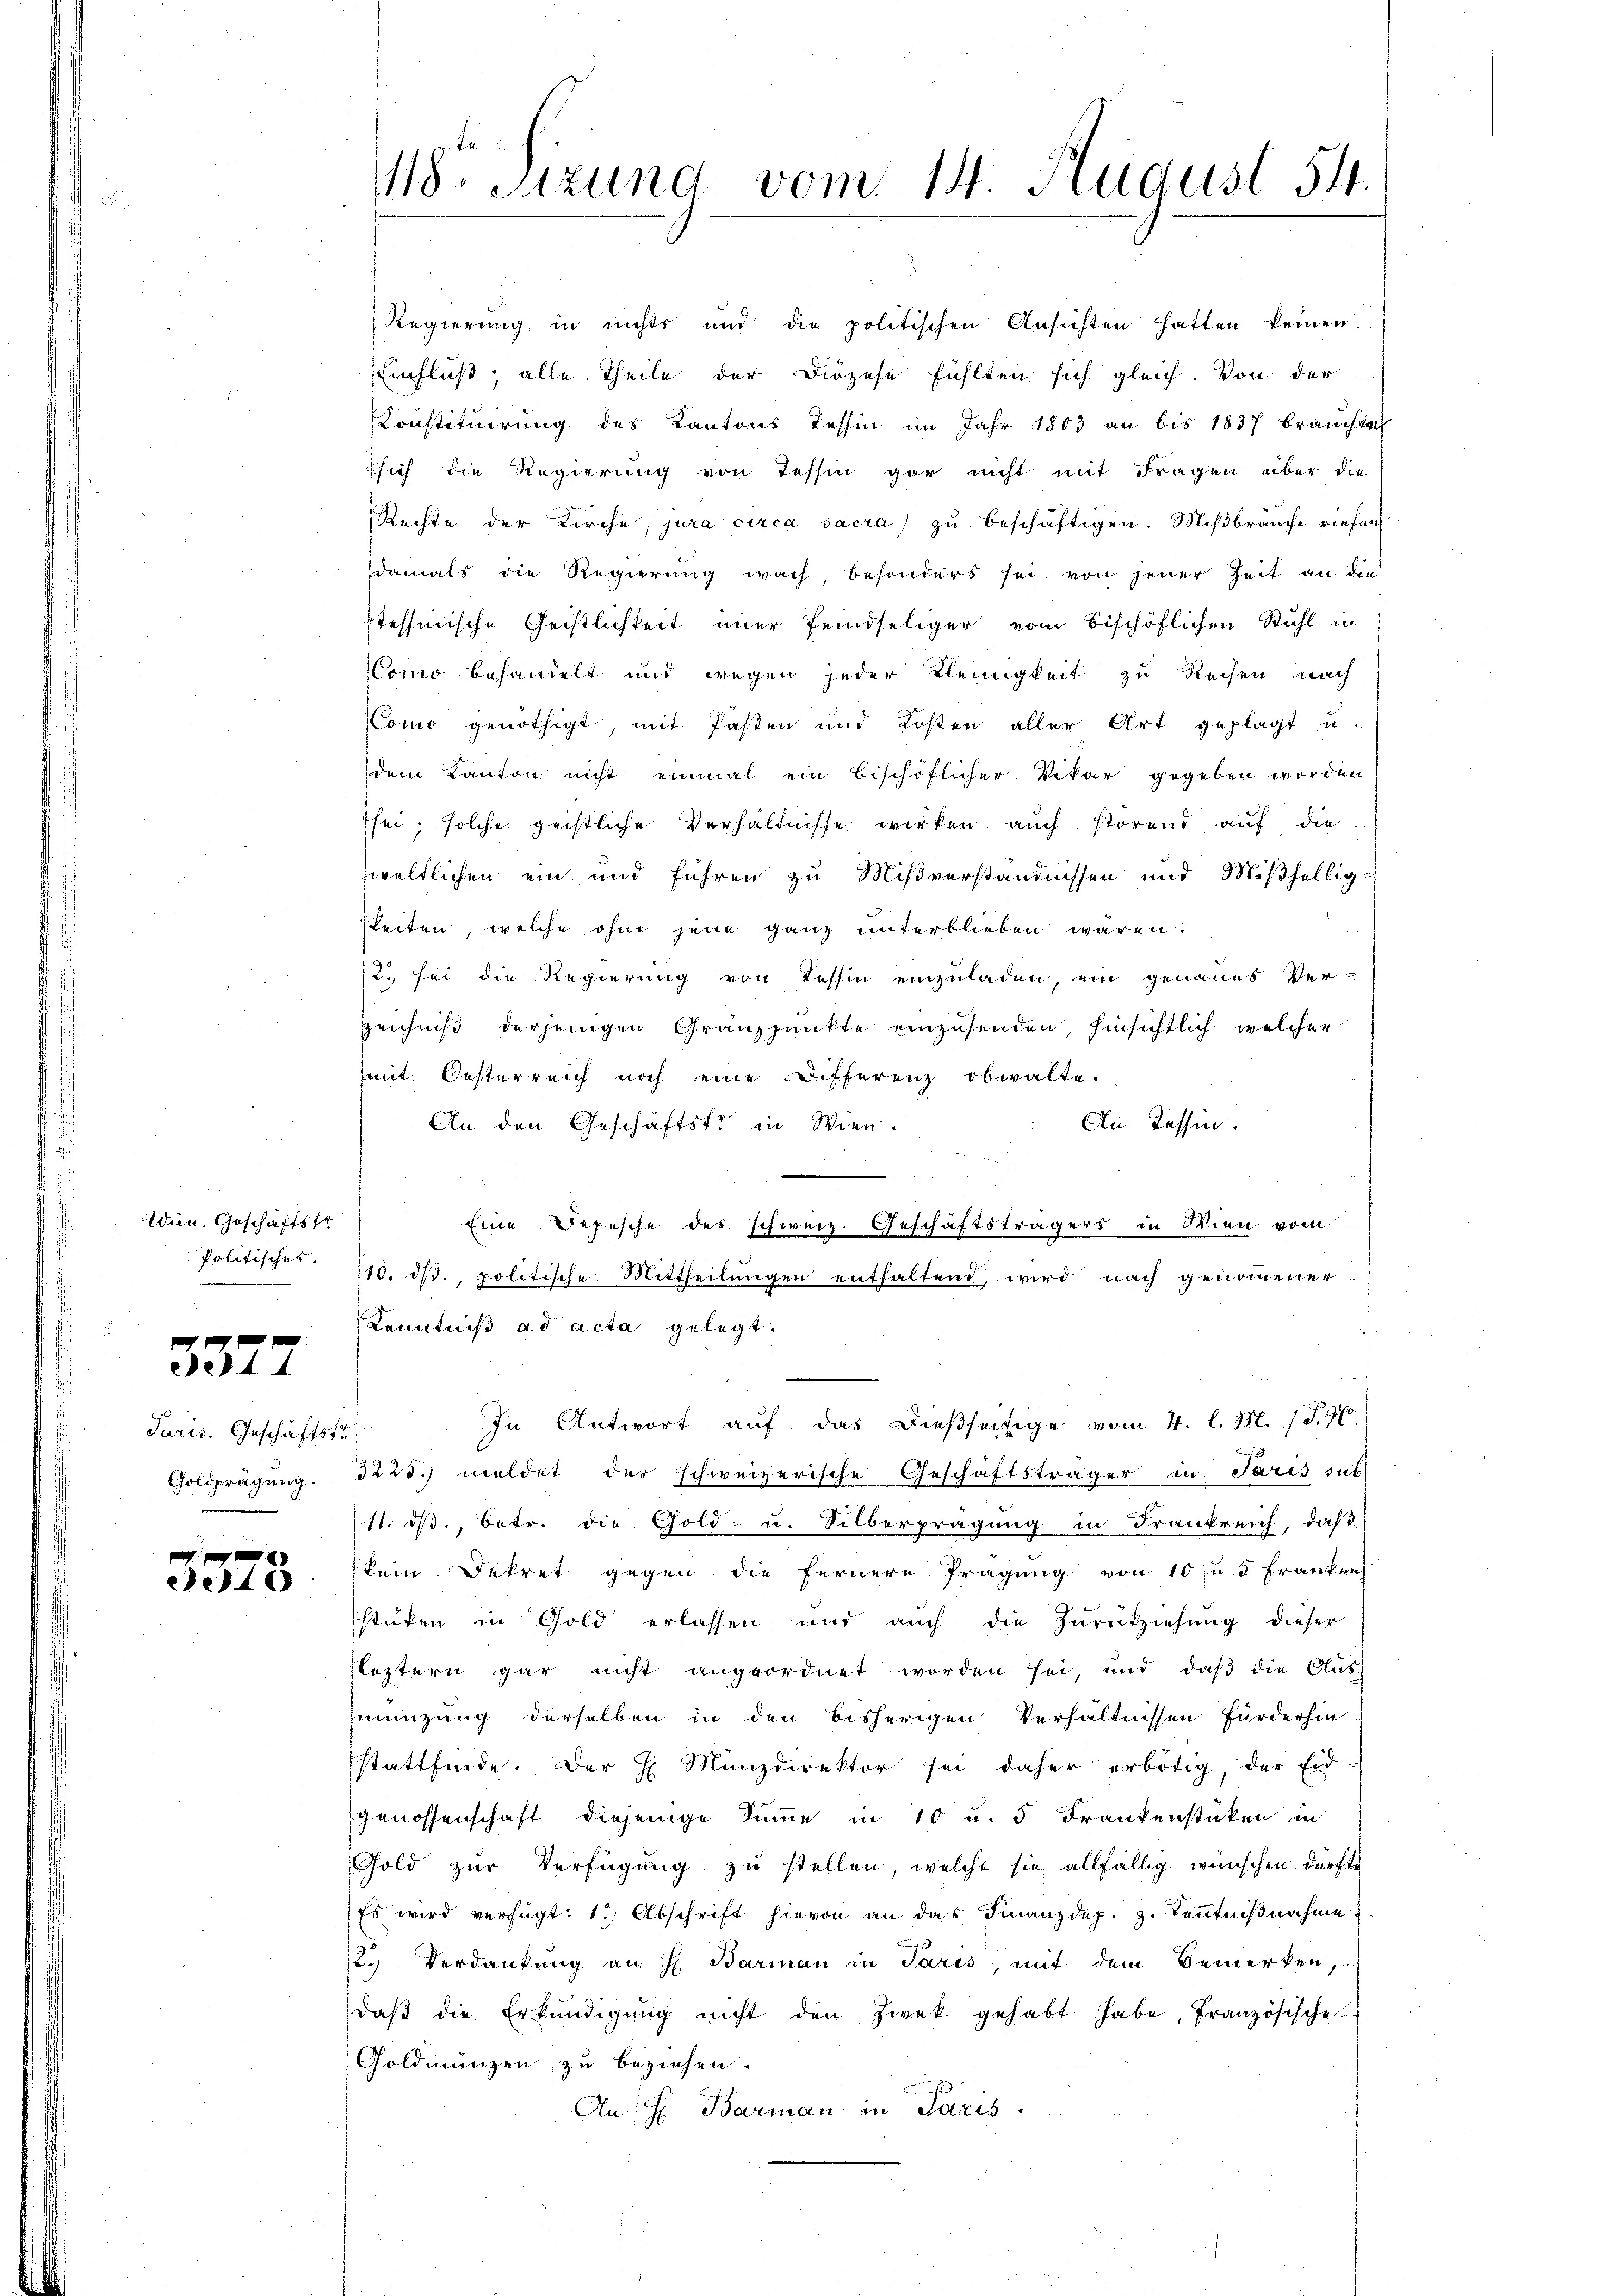
Wien. Geschäftsfr.
Politisches.

357.

2

Paris. Geschäftstr
Goldprägung.

xx
e

118. Sitzung vom 14. August 54.

Regierung in nichts und die politischen Ansichten hatten keinen
Einfluß, alle Theile der Diözese fühlten sich gleich. Von der
Konstituirung des Kantons Tessin im Jahr 1803 an bis 1837 brauchte
sich die Regierung von Tessin gar nicht mit Fragen über die
Rechte der Kirche, jura circa sacra zu beschäftigen. Mißbrauche riefen
damals die Regierŭng wach besonders sei von jener Zeit an die
tehhmische Geistlichkeit immer feindseliger vom bischöflichen Stuhl in
Como behandelt und wegen jeder Kleinigkeit zu Reisen nach
Como genöthigt, mit Pasten und Kosten aller Art geplagt u
dem Kanton nicht einmal ein bischöflicher Vikar gegeben worden
fsei; solche geistliche Verhältnisse wirken auch störend auf die
sweltlichen ein und führen zu Mißverständnissen und Mißhellig
keiten, welche ohne jene ganz unterblieben wären.
2. sei die Regierung von Tessin einzuladen, ein genaues Ver-
zeichniß derjenigen Granzpunkte einzusenden, hinsichtlich, welcher
mit Oesterreich noch eine Differenz obwalte.
An Tessin.
An den Geschäftsfr. in Wien.
Eine Depesche des schweiz. Geschäftsträgers in Wien vom
110. d. politische Mittheilŭngen enthaltend, wird nach genommener
Kenntniß ad acta gelegt.
In Antwort auf das dießseitige vom 4. l. M. (T.97
3225. meldet der schweizerische Geschäftsträger in Paris sub
11. ds., betr. die Gold- u. Silberprägung in Frankreich, daß
kein Dekret gegen die fernere Prägung von 10 n 5 Frankenh
stücken in Gold erlassen und auch die Zurückziehung dieser
leztern gar nicht angeordnet worden sei, und daβ die Aŭs
zeizung derselben in den bisherigen Verhältnissen fürderhin
stattfinde. Der H. Münzdirektor sei daher erbötig, der Eid-
genossenschaft diejenige Summe in 10 u. 5 Frankenstücken in
Fold zŭr Verfügŭng zu stellen, welche sie allfällig wünschen dürfte
Es wird verfügt: 1.) Abschrift hievon an das Finanzdep. z. Kenntnißnahme
2. Verdankung an H. Barman in Paris, mit dem Bemerken,
daβ die Erkundigŭng nicht den Zwek gehabt habe, französische
Goldmünzen zu beziehen.
An; H. Barman in Paris